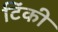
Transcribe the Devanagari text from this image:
टिंकी